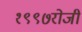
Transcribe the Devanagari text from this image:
१९९७रोजी